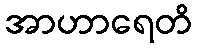
အာဟာရေတိ